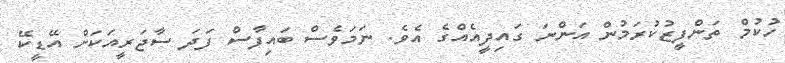
ހުކުމް ތަންފީޒުކުރަމުން އަންނަ ގައިދީއެއްގެ އެވެ. ނަމަވެސް ބައިފާސް ފަދަ ސާޖަރީއަކަށް އޭޑީކޭ